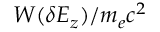
W ( \delta E _ { z } ) / m _ { e } c ^ { 2 }